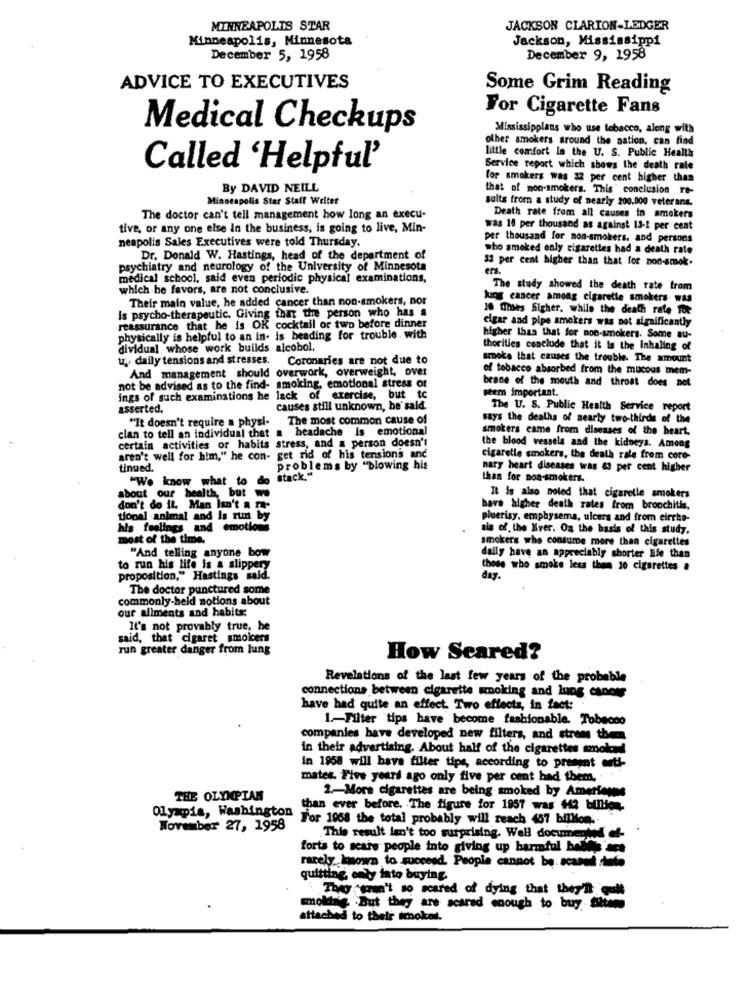
MINNEAPOLIS STAR
JACKSON CLARION-LEDGER
Minneapolis, Minnesota
Jackson, Mississippi
December 5, 1958
December 9, 1958
ADVICE TO EXECUTIVES
Some Grim Reading
For Cigarette Fans
Medical Checkups
Mississippians who use tobacco, along with
other smokers around the nation, can find
little comfort la the U. S. Public Health
Called 'Helpful'
Service report which shows the death rate
for smokers was 32 per cent higher than
By DAVID NEILL
that of non-smokers. This conclusion re-
Minneapolis Star Stall Welter
sulte from a study of nearly 200.000 veter ans.
The doctor can't tell management how long an execu-
Death rate from all causes in smokers
tive, or any one else in the business, is going to live, Min-
was 18 per thousand as against 13-1 per cent
neapolis Sales Executives were told Thursday.
per thousand for non-smokers, and persons
who smoked only cigarettes had a death rate
Dr. Donald W. Hastings, head of the department of
52 per cent higher than that for non-smok.
psychiatry and neurology of the University of Minnesota
ers.
medical school, said even periodic physical examinations,
which he favors, are not conclusive.
The study showed the death rate trom
Their main value, he added cancer than non-smokers, nor
lung cancer among cigarette smokers was
Is psycho-therapeutic. Giving that the person who has a
10 Times higher, while the death rate for
reassurance that he is OK cocktail or two before dinner
elgar and pipe smokers was not significantly
physically is helpful to an in- is beading for trouble . with
higher than that for non-smokers. Some au-
dividual whose work builds alcohol.
thorities conclude that it is the Inhaling of
u. daily tensions and stresses.
Coronaries are not due to
smoke that causes the trouble. The amount
And management should overwork, overweight, over
of tobacco absorbed from the mucous mem-
not be advised as to the find- smoking, emotional stress of
brane of the mouth and throat does not
stem important.
ings of such examinations he lack of exercise, but tc
asserted.
causes still unknown, be said.
The U. S. Public Health Service report
"It doesn't require a physi-
The most common cause of
says the deaths of nearly two-thirds of the
clan to tell an individual that a headache is emotional
smokers came from diseases of the heart.
certain activities or habits stress, and a person doesn't
the blood vessels and the kidneys. Among
aren't well for him," he con- get rid of his tensions and
cigaretle smokers, the death rate from core-
tinued.
problems by "blowing his
nary heart diseases was & per cent higher
"We know what to do
stack."
than for non-smokers.
about our health, but w.
It Is also noted that cigaretle smokers
don't do it. Man Isn't a ra-
have higher death rates from bronchitis.
topal animal and is run by
pluerisy. emphysema, ulcers and from eirche-
his feelings and emotions
sis of. the Hver. On the basis of this study.
most of the time.
smokers who consume more than cigarettes
"And telling anyone bow
daily have an appreciably shorter Ife than
to run his life is a slipper
those who smoke less than 10 cigarettes .
proposition," Hastings said.
day.
The doctor punctured some
commonly-held notions about
our allments and habits:
It's not provably true, he
said, that cigaret smoicers
run greater danger from lung
How Scared?
Revelations of the last few years of the probable
connections between cigarette smoking and lung cancer
have had quite an effect. Two effects, in fact:
1 .- Filter tips have become fashionable. Tobacco
companies have developed new filters, and stroms then
in their advertising. About half of the cigarettes smolenl
in 1958 will have filter tips, according to present enth
mates. Five years ago only five per cent had them, . .
THE OLYMPIAN
2-Mora cigarettes are being smoked by Americans
Olympia, Washington
than ever before. The figure for 1957 was 443 billion
For 1958 the total probably will reach 457 billion ..
November 27, 1958
This result isn't too surprising. Well documented ef-
forts to scare people into giving up harmful babille ans
rarely.known to succeed. People cannot be. scanel
quitting only into buying.
They won't so scared of dying that they'll gul
moline But they are scared enough to buy. Shees
attached to their imnokes.